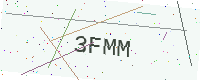
Text: 3FMM